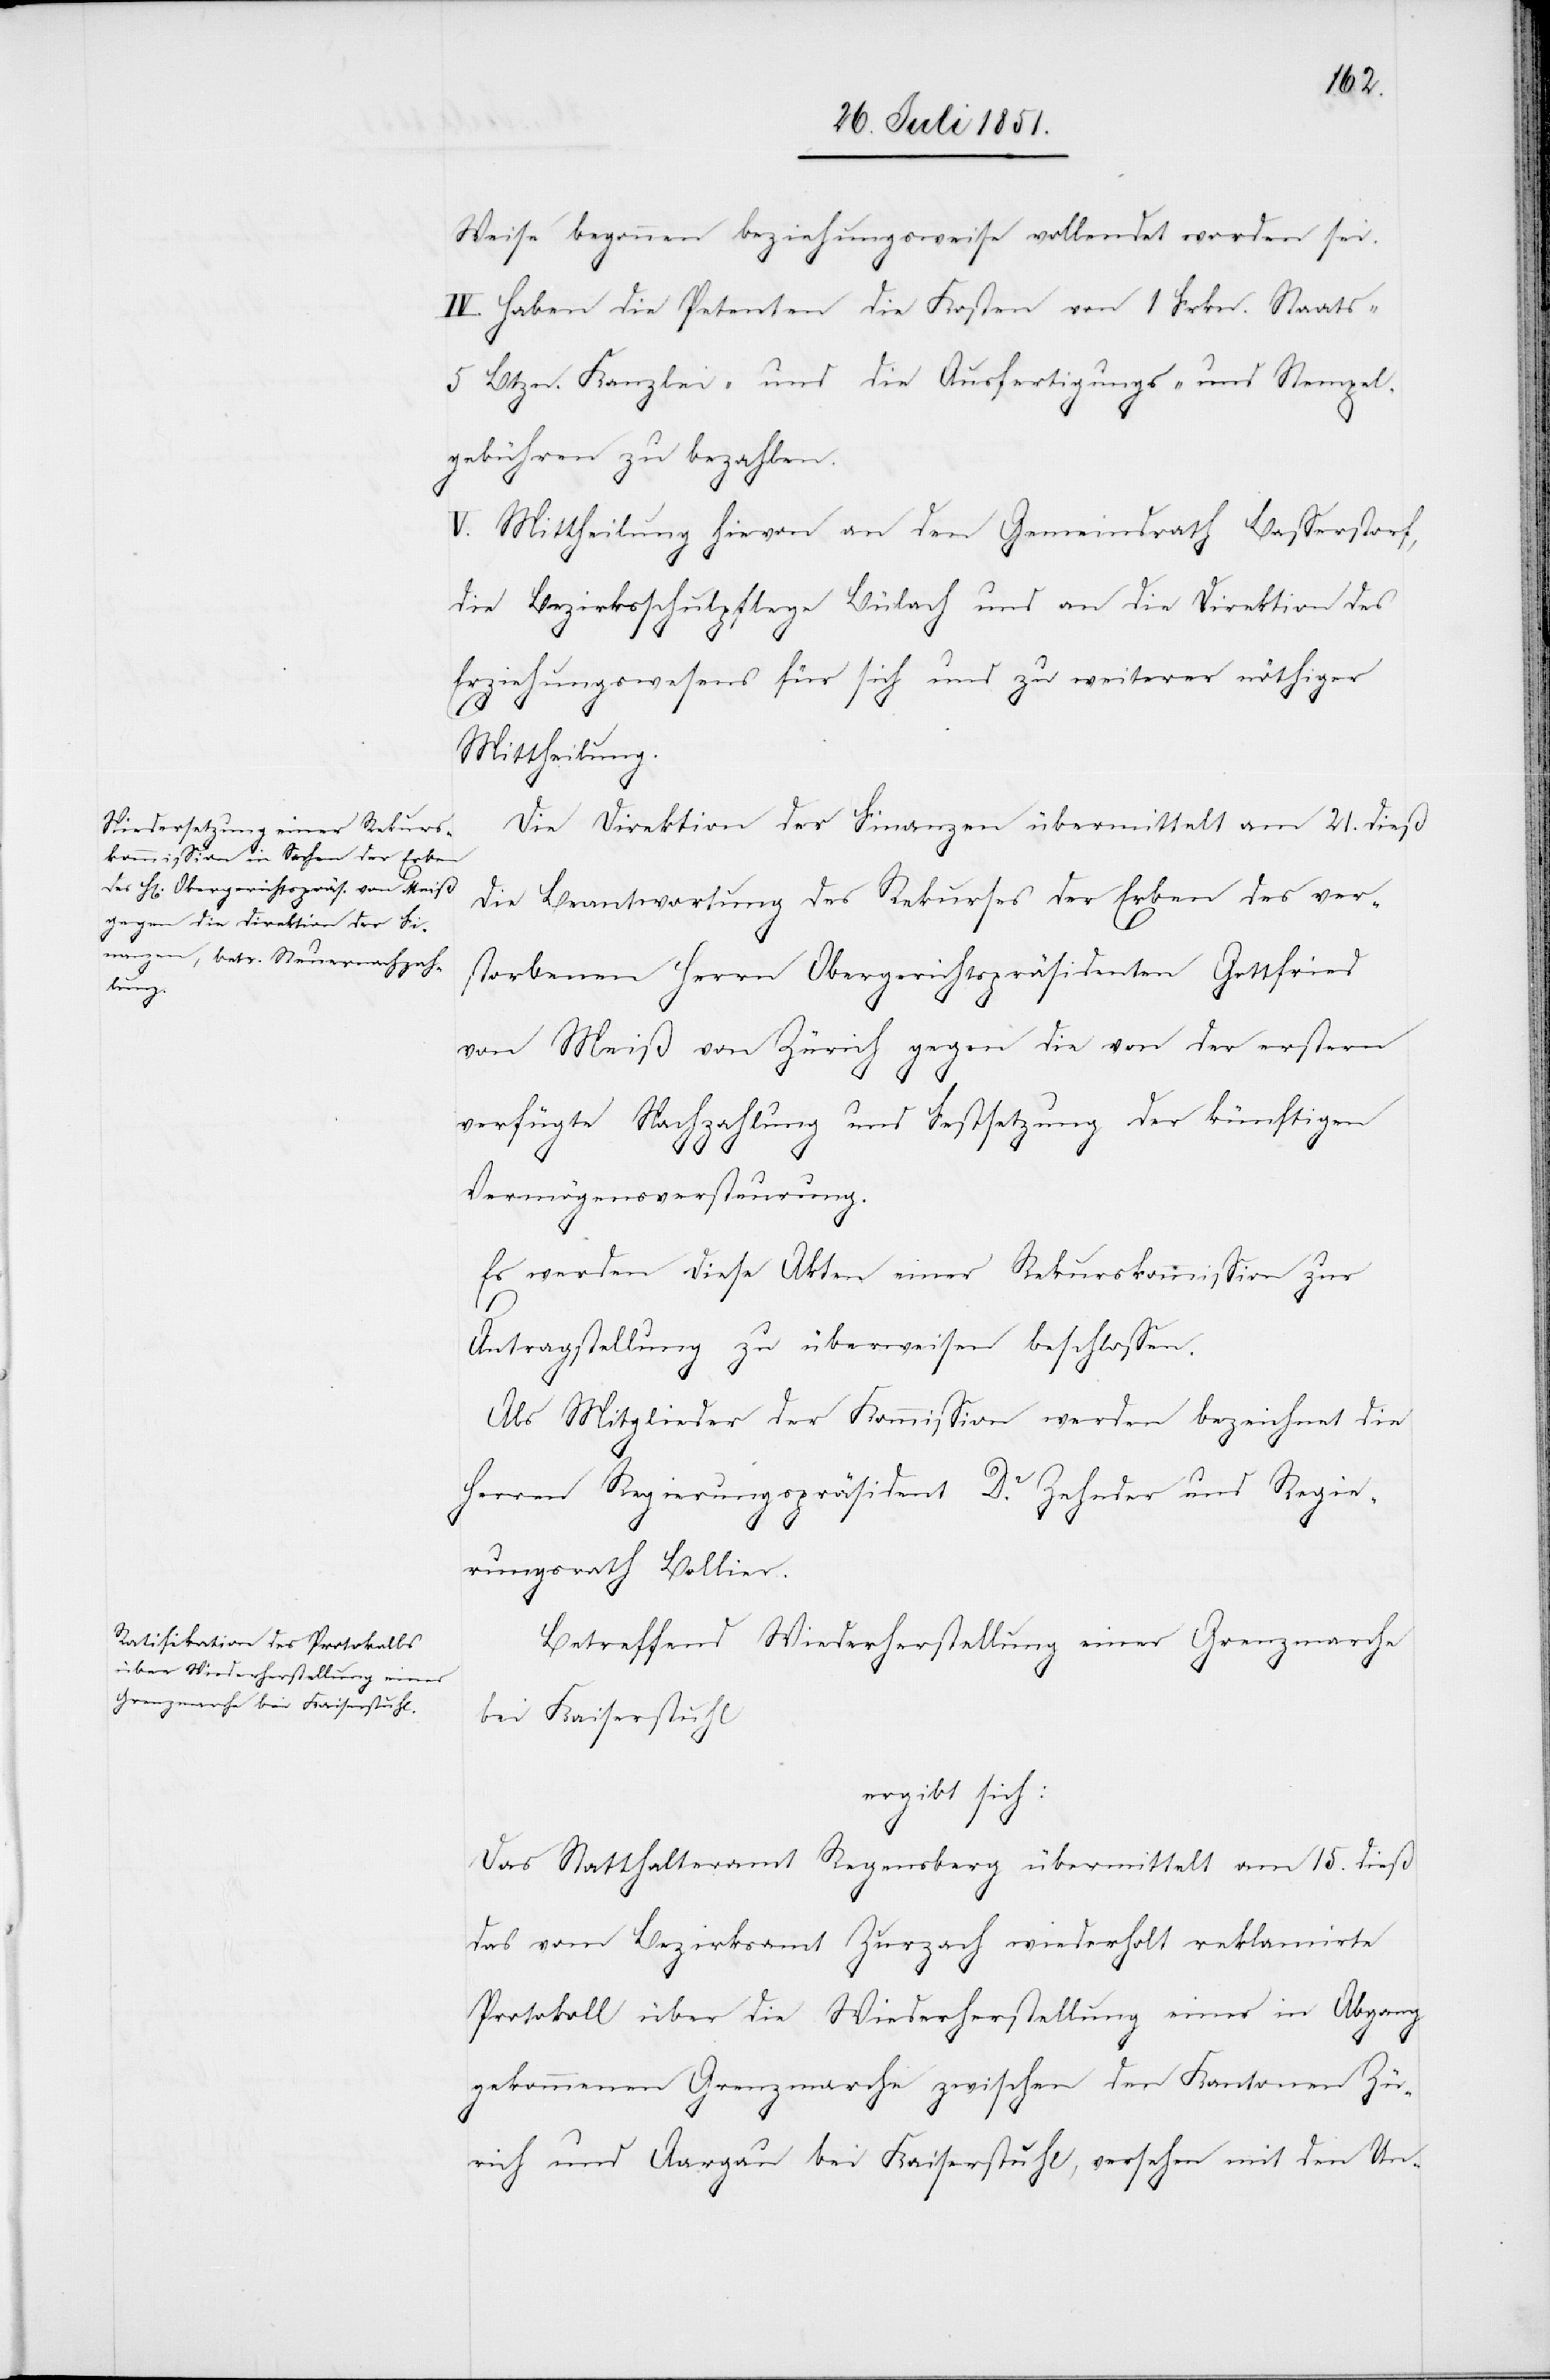
Weise begonnen beziehungsweise vollendet worden sei.
IV. Haben die Petenten die Kosten von 1 Frkn. Staats-[,]
5 Btzn. Kanzlei- und die Ausfertigungs- und Stempel¬
gebühren zu bezahlen.
V. Mittheilung hievon an den Gemeindrath Basserstorf,
die Bezirksschulpflege Bülach und an die Direktion des
Erziehungswesens für sich und zu weiterer nöthiger
Mittheilung.
Die Direktion der Finanzen übermittelt am 21. dieß
die Beantwortung des Rekurses der Erben des ver¬
storbenen Herrn Obergerichtspräsidenten Gottfried
von Meiß von Zürich gegen die von der erstern
verfügte Nachzahlung und Festsetzung der künftigen
Vermögensversteurung.
Es werden diese Akten einer Rekurskommission zur
Antragstellung zu überweisen beschlossen.
Als Mitglieder der Kommission werden bezeichnet die
Herren Regierungspräsident Dr. Zehnder und Regie¬
rungsrath Bollier.
Betreffend Wiederherstellung einer Grenzmarche
bei Kaiserstuhl
ergibt sich:
Das Statthalteramt Regensberg übermittelt am 15. dieß
das vom Bezirksamt Zurzach wiederholt reklamirte
Protokoll über die Wiederherstellung einer in Abgang
gekommenen Grenzmarche zwischen den Kantonen Zü¬
rich und Aargau bei Kaiserstuhl, versehen mit den Un-